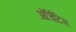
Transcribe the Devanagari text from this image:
ओर्चिटिस